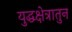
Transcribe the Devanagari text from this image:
युद्धक्षेत्रातुन